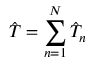
\Hat { T } = \sum _ { n = 1 } ^ { N } \Hat { T } _ { n }